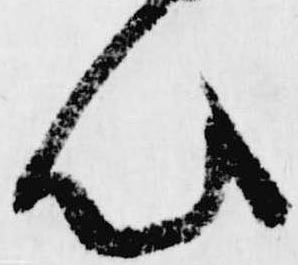
心